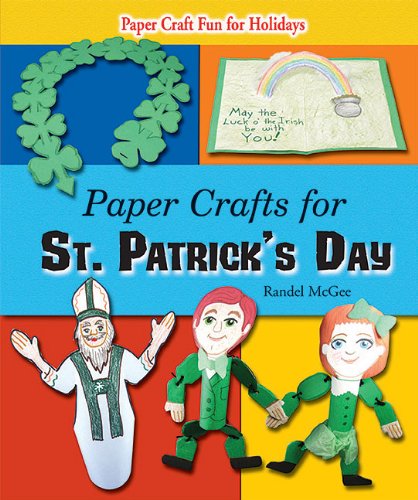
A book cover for Paper Crafts for St. Patrick's Day (Paper Craft Fun for Holidays); Randel McGee; Children's Books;